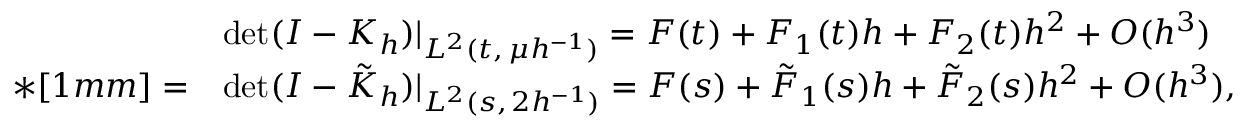
\begin{array} { r l } & { \operatorname* { d e t } ( I - K _ { h } ) | _ { L ^ { 2 } ( t , \, \mu h ^ { - 1 } ) } = F ( t ) + F _ { 1 } ( t ) h + F _ { 2 } ( t ) h ^ { 2 } + O ( h ^ { 3 } ) } \\ { * [ 1 m m ] = } & { \operatorname* { d e t } ( I - \tilde { K } _ { h } ) | _ { L ^ { 2 } ( s , \, 2 h ^ { - 1 } ) } = F ( s ) + \tilde { F } _ { 1 } ( s ) h + \tilde { F } _ { 2 } ( s ) h ^ { 2 } + O ( h ^ { 3 } ) , } \end{array}